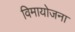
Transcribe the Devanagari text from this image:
विमायोजना